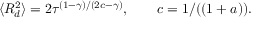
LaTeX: \langle R _ { d } ^ { 2 } \rangle = 2 \tau ^ { ( 1 - \gamma ) / ( 2 c - \gamma ) } , \qquad c = 1 / ( ( 1 + a ) ) .